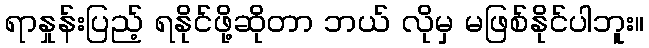
ရာနှုန်းပြည့် ရနိုင်ဖို့ဆိုတာ ဘယ် လိုမှ မဖြစ်နိုင်ပါဘူး။